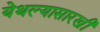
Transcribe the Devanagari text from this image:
येथल्यासारखी